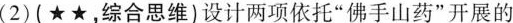
(2)(★★，综合思维)设计两项依托”佛手山药”开展的